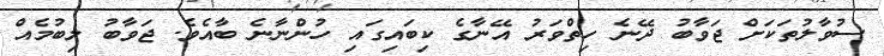
ސުވާލުތަކަށް ޖަވާބު ދޭނެ ހިތްވަރު އޭނާގެ ކިބައިގައި ހުންނާނެ ބާއެވެ. ޖަވާބު ލިބުމެއް